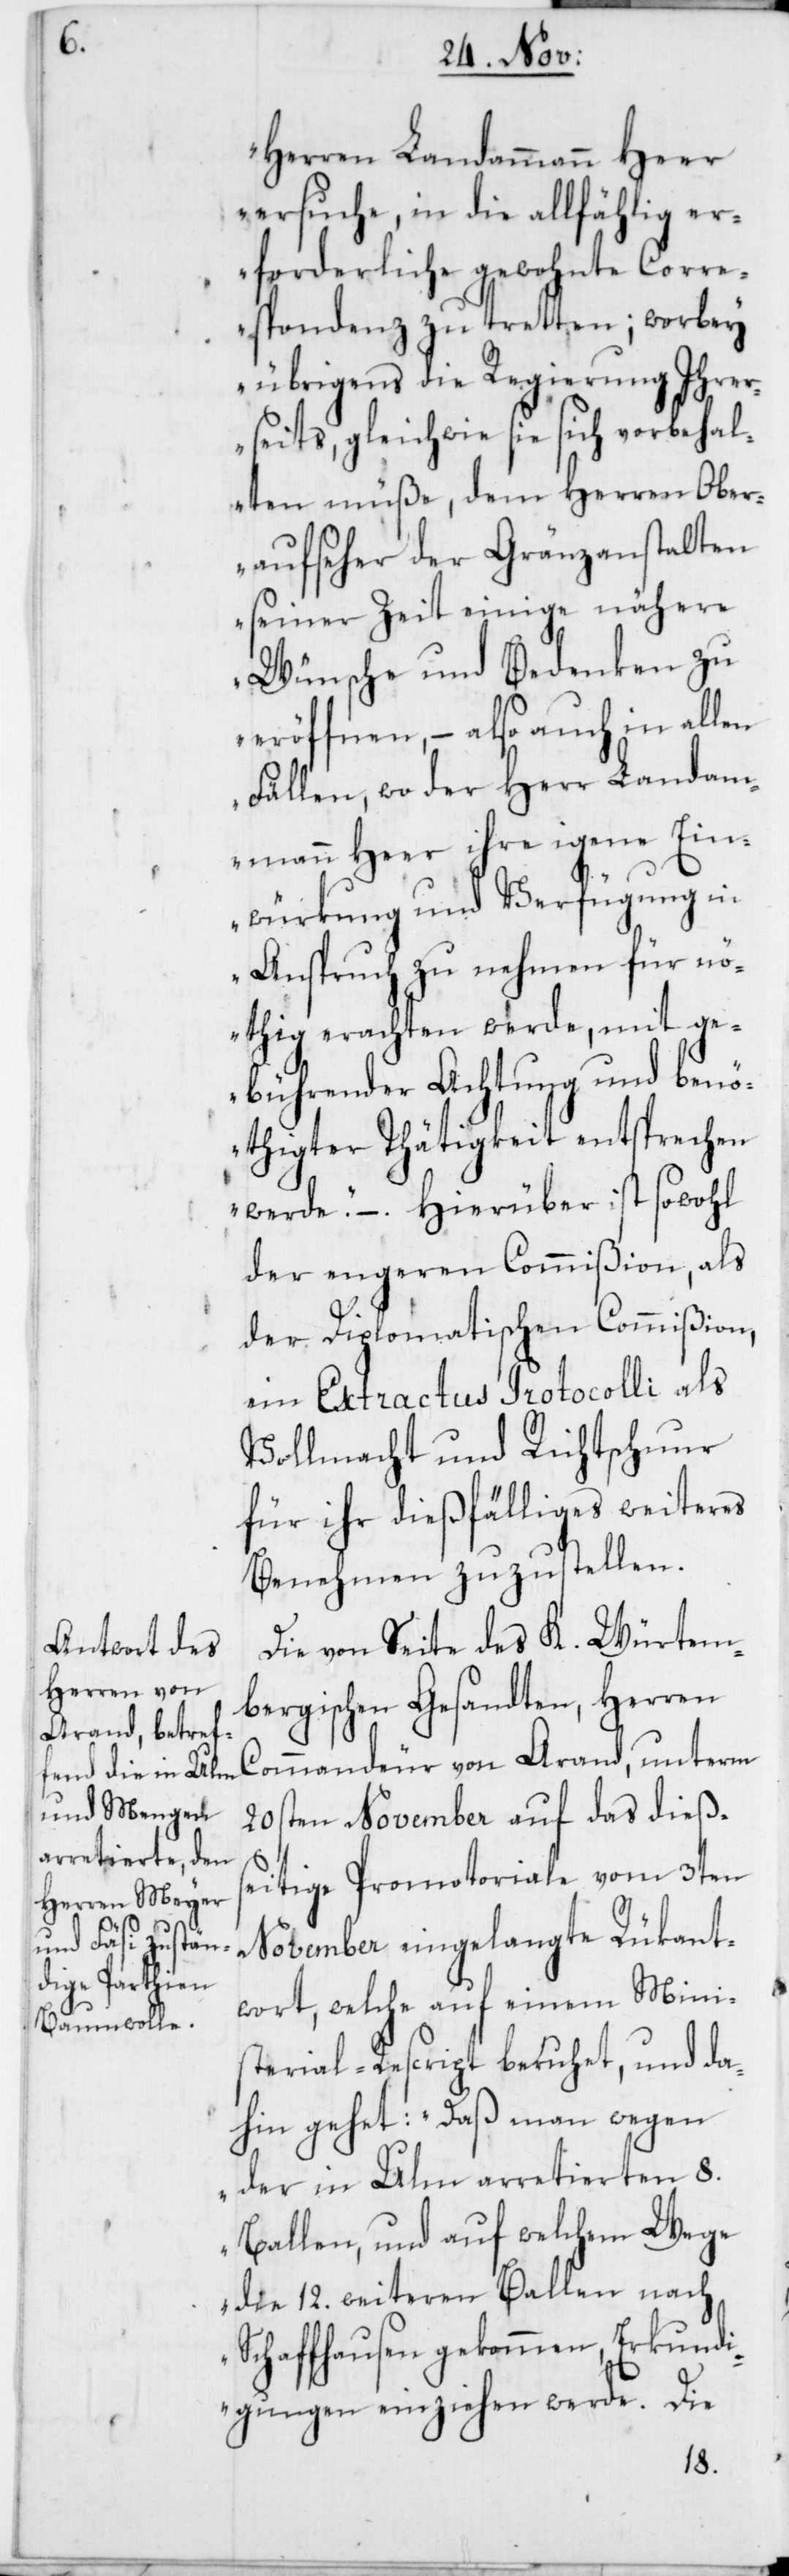
Herren Landammann Heer
ersuche, in die allfählig er¬
forderliche gewohnte Corre¬
spondenz zu tretten; worbey
übrigens die Regierung Ihrer¬
seits, gleichwie sie sich vorbehal¬
ten müße, dem Herren Ober¬
aufseher der Gränzanstalten
seiner Zeit einige nähere
Wünsche und Bedenken zu
eröffnen, – also auch in allen
Fällen, wo der Herr Landam¬
mann Heer ihre eigene Ein¬
würkung und Verfügung in
Anspruch zu nehmen für nö¬
thig erachten werde, mit ge¬
bührender Achtung und benö¬
thigter Thätigkeit entsprechen
werde“. – Hierüber ist sowohl
der engeren Commißion als
der Diplomatischen Commißion,
ein Extractus Protocolli als
Vollmacht und Richtschnur
für ihr dießfälliges weiteres
Benehmen zuzustellen.
Die von Seite des K. Würtem¬
bergischen Gesandten, Herren
Commandeur von Arand, unterm
20sten November auf das dießs¬
eitige Promotoriale vom 3ten
November eingelangte Rükant¬
wort, welche auf einem Mini¬
sterial-Rescript beruhet, und da¬
hin gehet: „Daß man wegen
der in Ulm arretierten 8.
Ballen, und auf welchem Wege
die 12. weiteren Ballen nach
Schaffhausen gekommen, Erkundi¬
gungen einziehen werde. Die